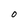
Character: O